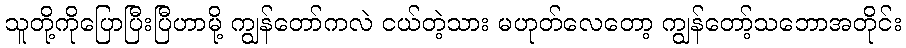
သူတို့ကိုပြောပြီးပြီဟာမို့ ကျွန်တော်ကလဲ ငယ်တဲ့သား မဟုတ်လေတော့ ကျွန်တော့်သဘောအတိုင်း